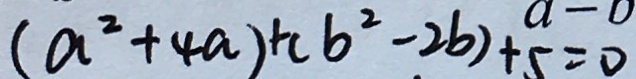
( a ^ { 2 } + 4 a ) + ( b ^ { 2 } - 2 b ) + 5 = 0